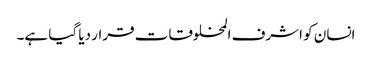
انسان کو اشرف المخلوقات قرار دیا گیا ہے۔